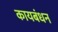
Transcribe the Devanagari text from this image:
कायबंधन